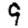
Digit: 9